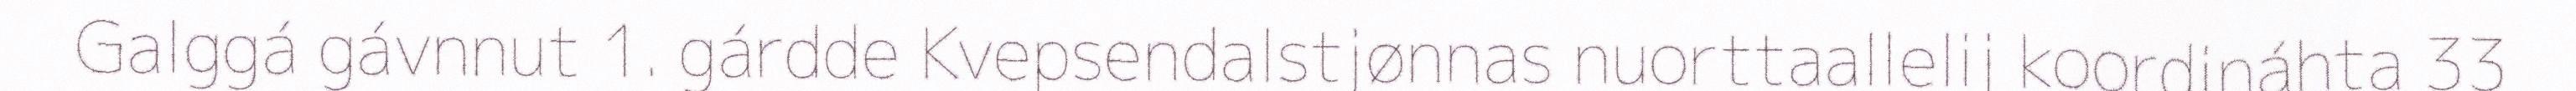
Galggá gávnnut 1. gárdde Kvepsendalstjønnas nuorttaallelij koordináhta 33